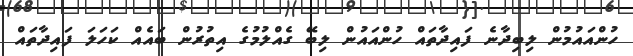
ހުންއައުމުން ލިބިދާނެ ފައިދާތައް ހުންއައުން ލިބޭ ގެއްލުމުގެ އިތުރުން ބައެއް ކަހަލަ ފައިދާތައް